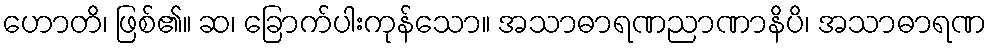
ဟောတိ၊ ဖြစ်၏။ ဆ၊ ခြောက်ပါးကုန်သော။ အသာဓာရဏညာဏာနိပိ၊ အသာဓာရဏ